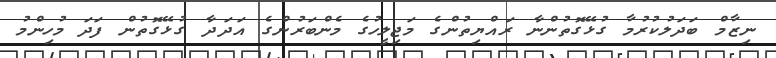
ނިޒާމް ބަދަލުކުރުމާ ގުޅޭގޮތުންނާ ރައްޔިތުންގެ މަޖިލީހުގެ މެންބަރުންގެ އަދަދާ ގުޅޭގޮތުން ފަދަ މުހިންމު